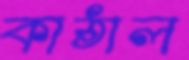
কাঠাল